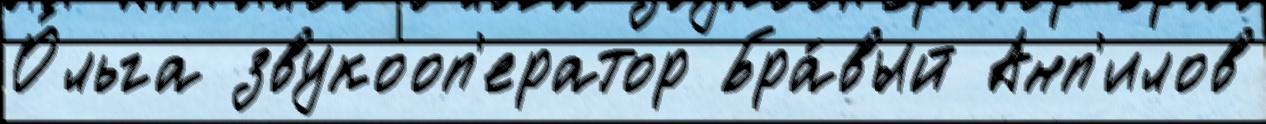
О́льга звукооп'ератор Бра́вый Анп'илов